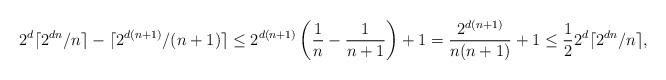
LaTeX: \begin{align*}2^d\lceil 2^{dn}/n \rceil-\lceil 2^{d(n+1)}/(n+1) \rceil\leq 2^{d(n+1)}\left(\frac{1}{n}-\frac{1}{n+1}\right)+1=\frac{2^{d(n+1)}}{n(n+1)}+1\leq \frac{1}{2}2^d \lceil 2^{dn}/n \rceil,\end{align*}